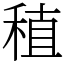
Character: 稙